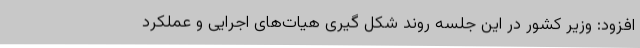
افزود: وزیر کشور در این جلسه روند شکل گیری هیات‌های اجرایی و عملکرد